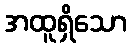
အထူရှိသော